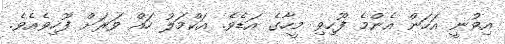
އިވުނީ އަހަން އެންމެ ފޫހިވި މީހާގެ އަޑެވެ. އަކްމަލު ހައް ވަރަށް ފޫހިވެއެވެ.